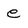
Character: e